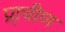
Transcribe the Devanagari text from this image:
प्रा़चीण